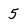
Character: 5